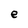
Character: e